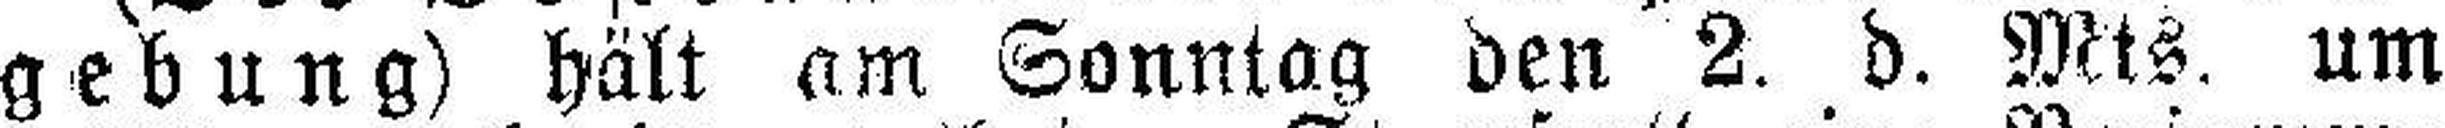
gebung) hält am Sonntag den 2. d. Mts. um